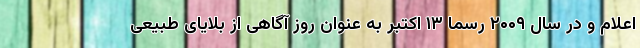
اعلام و در سال ۲۰۰۹ رسماً ۱۳ اکتبر به عنوان روز آگاهی از بلایای طبیعی